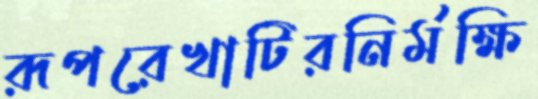
রূপরেখাটিরনির্মক্ষি